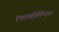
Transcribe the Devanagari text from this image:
एशमोलियन